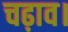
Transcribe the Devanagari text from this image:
चढ़ाव।